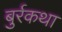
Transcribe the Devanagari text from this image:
बुर्रकथा